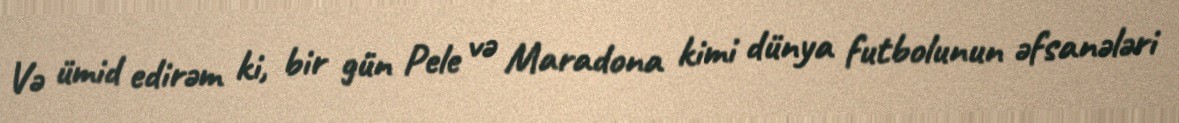
Və ümid edirəm ki, bir gün Pele və Maradona kimi dünya futbolunun əfsanələri